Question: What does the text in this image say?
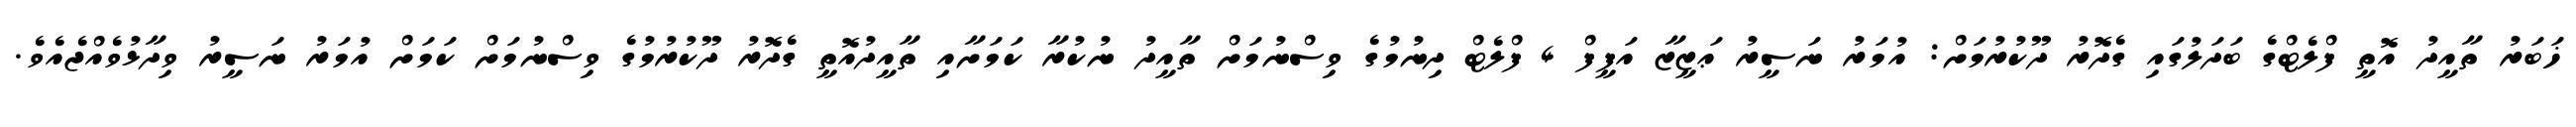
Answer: ޚަބަރު ތާއީދު އޮތީ ފްލެޓްގެ ބަދަލުގައި ގެދޮރު ދޫކުރުމަށް: އުމަރު ނަސީރު ޢަޒީޒާ އަފީފް 4 ފްލެޓް ދިނުމުގެ ވިސްނުމަށް ތާއީދު ނުކުރާ ކަމަށާއި ތާއީދުއޮތީ ގެދޮރު ދޫކުރުމުގެ ވިސްނުމަށް ކަމަށް އުމަރު ނަސީރު ވިދާޅުވެއްޖެއެވެ.